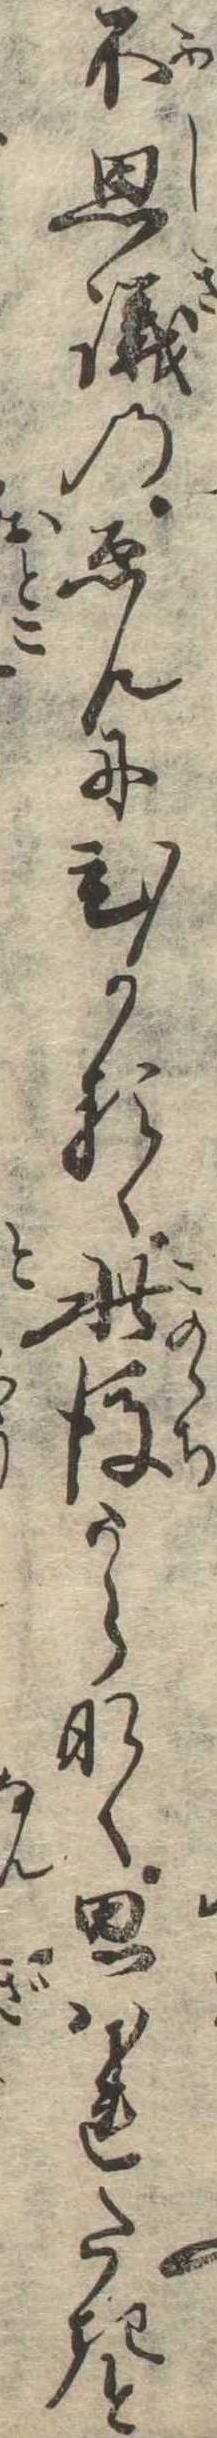
不思議のゑんにひかるゝ此後うらなく思はれたきと